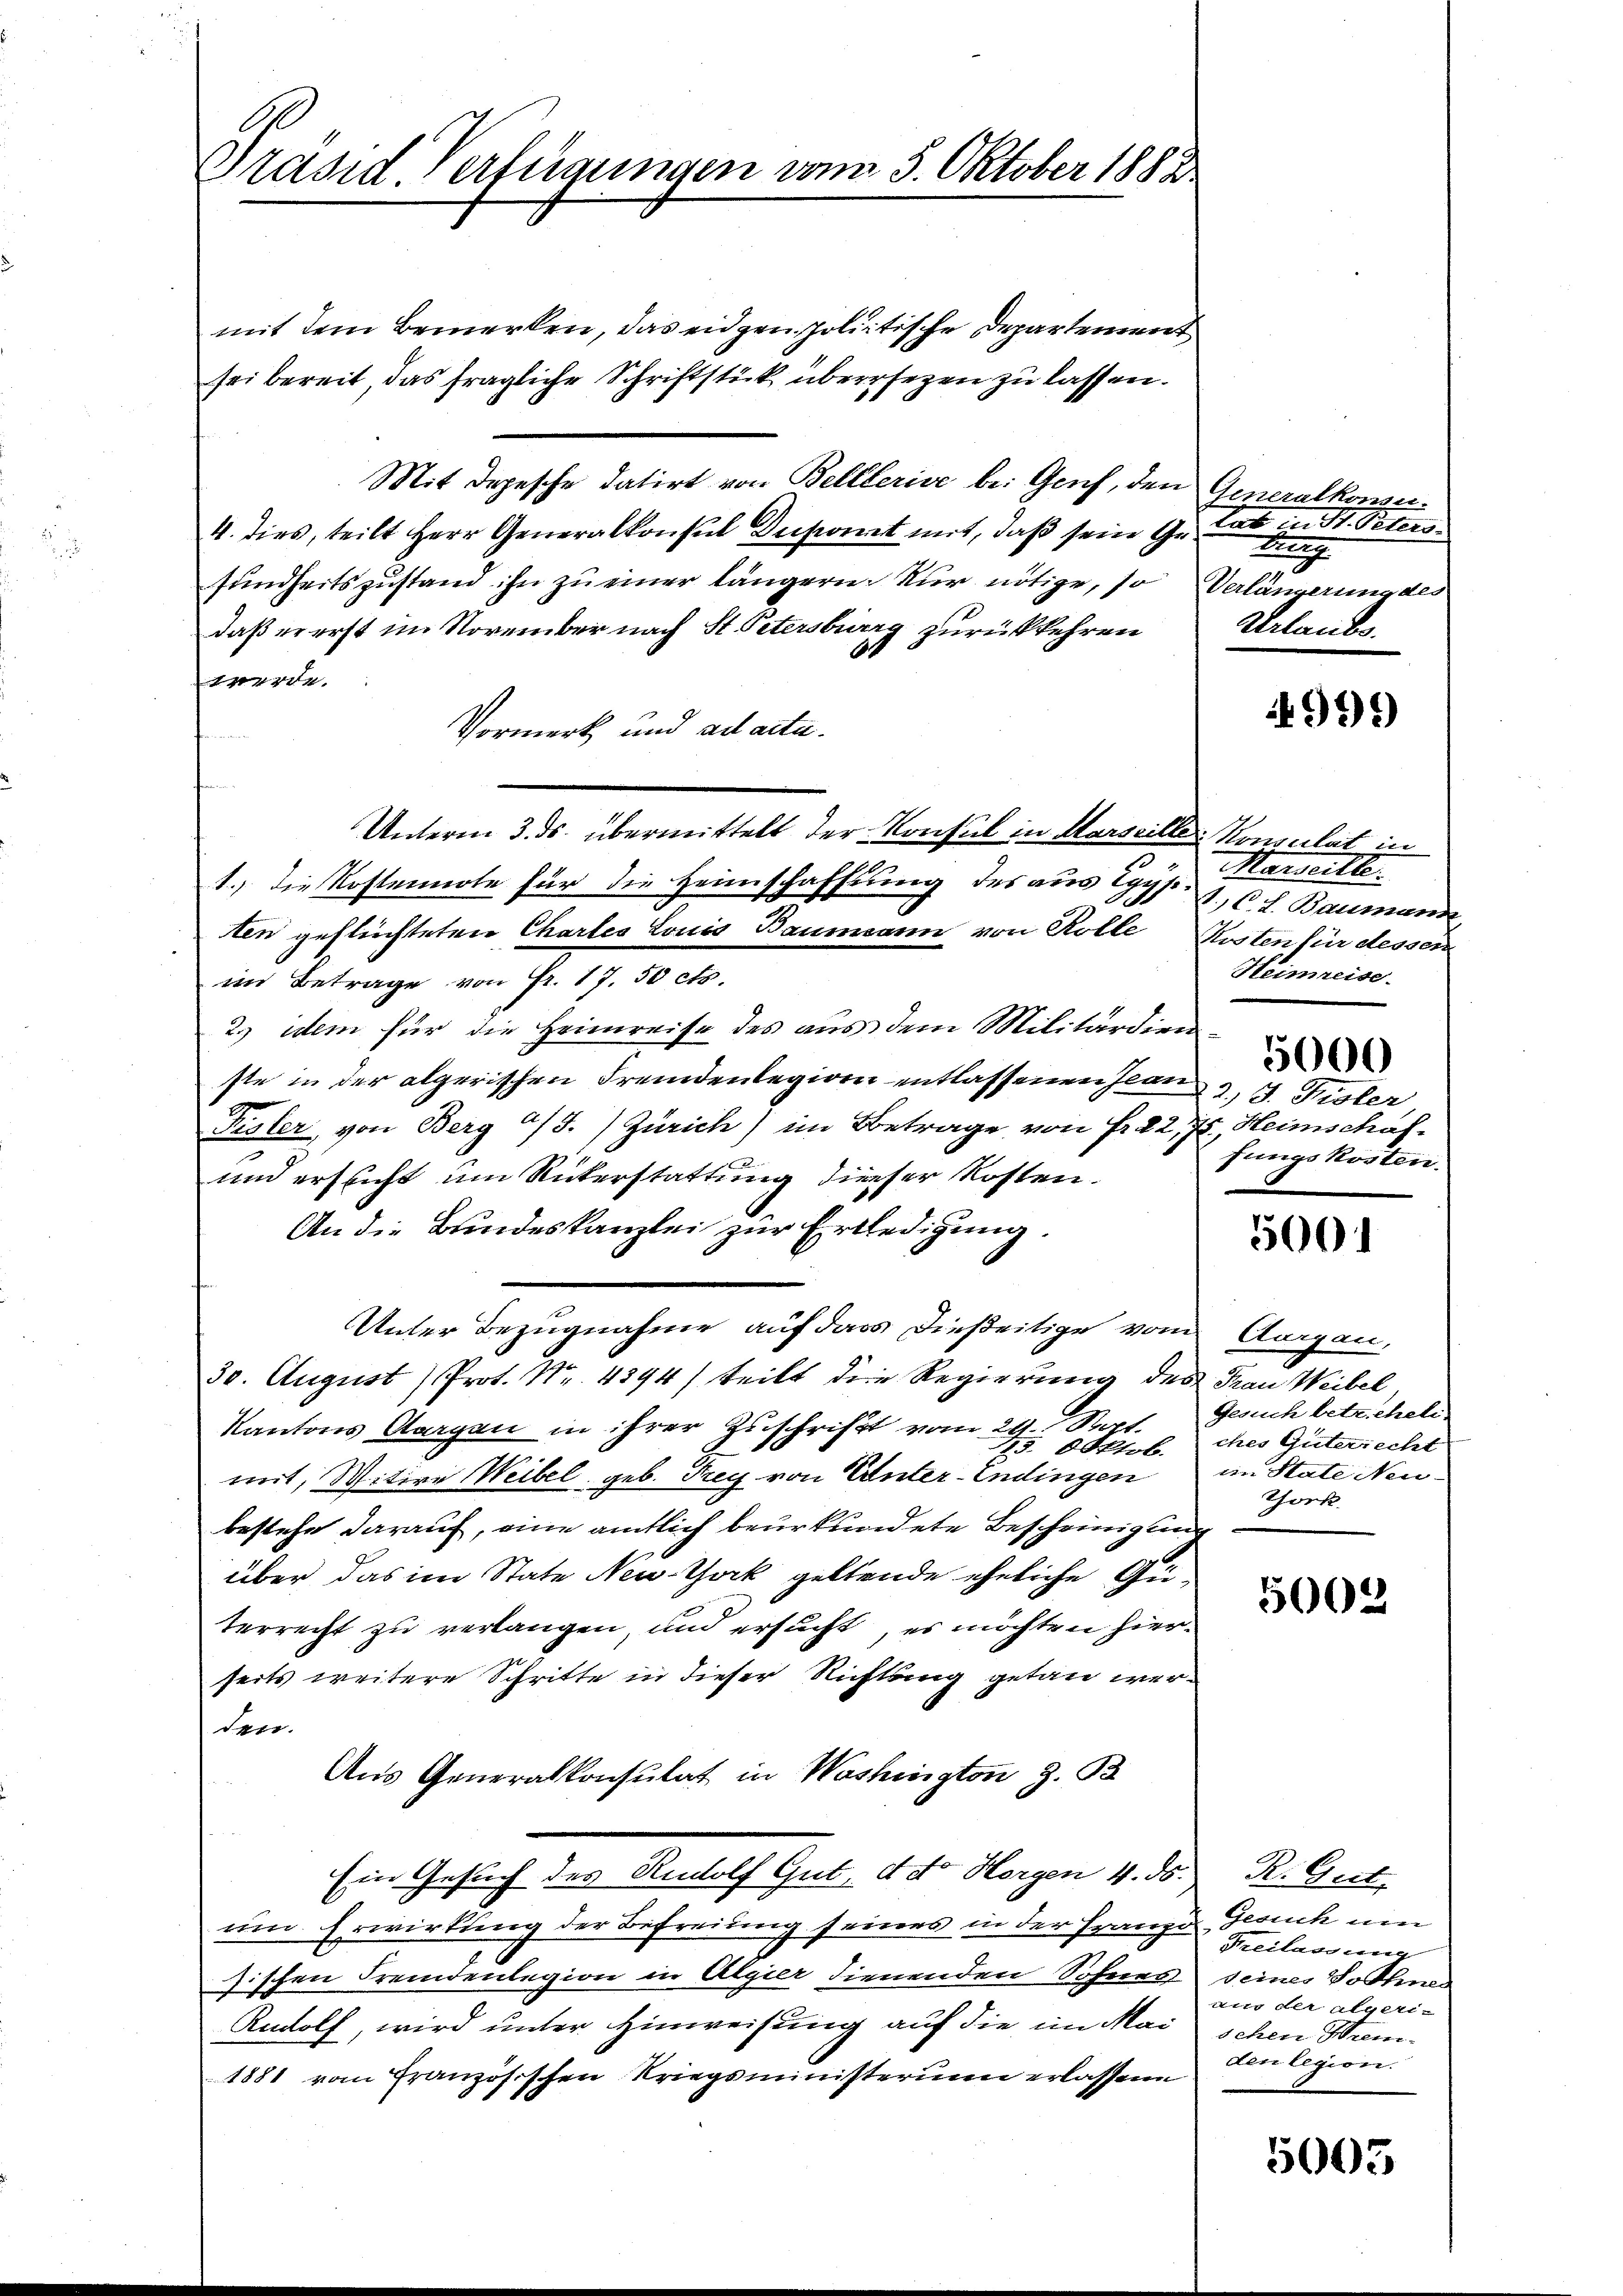
Präsid. Verfügungen vom 5. Oktober 1882

mit dem Bemerken, das eidgen. politische Departement
sei bereit, das fragliche Schriftstück übersezen zu lassen.
Mit Depesche datirt von Belllerise bei Gruf, den Generalkonser-
4. dies, teilt Herr Generalkonsul Duponat mit, daß sein Geburg
sundheitszustand ihn zu einer längern. Nur nötige, so Verlängerung des
daß er erst im November nach St. Petersburg zurückkehren
t
werde.
Vormerk und ad acta.
Unterm 3. ds. übermittelt der Konsul in Marseille Konsulat in
1.) die Kostennote für die Heimschaffung des aus Egysi-
ten geflüchteten Chartes Louis Baumann von Rolle Kosten für dessen
im Betrage von Fr. 17. 50 Fr.
2.) idem für die Heimreise des aus dem Militärdienste in der algerischen Fremdenlegion entlassenen Jean 2 J. Fisler
Fisler, von Berg a/J. Zürich) im Betrage von Fr. 22, 78, Heimschaf¬
und ersticht um Rükerstattung dieser Kosten.
An die Bundeskanzlei zur Erledigung.
Unter Bezugnahme auf dass dießeitige vom Aargau,
30. August Prot. Nr. 4394) teilt die Regierung des Frau Weibel
Kantons Aargau in ihrer Zuschrift vom 29. Spt.
mit, Witwe Weibel geb. Frey von Unter-Endingen
bestehe darauf, eine amtlich beurkundete Bescheinigung
über das im State New-York geltende eheliche Güterrecht zu verlangen, und ersucht, es möchten hierseits weitere Schritte in dieser Richtung getan werden.
Aus Generalkonsulat in Washington z. B
Ein Gesuch des Rudolf Gut, d. d. Horgen 4. ds. R. Gut
um Erwirkung der Befreiung seines in der Franze Gesuch um
sischen Fremdenlegion in Algier dienenden Sohnes seines Sohne
Rudolf, wird unter Hinweisung auf die im Mai schen Brem¬
1881 vom Französischen Kriegsministerium erlassene

tat in St. Peters.
Urlaubs.

4999)

Marseitte
1.C. J. Baumann
Heimreise.
5000
fungskosten.

5001

Gesuch betricheln.
25. Oktob. ches Güterrecht
im State Neu-
Thock.

5002

Freilassung
aus der algeriden legion.

5003